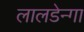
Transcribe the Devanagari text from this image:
लालडेन्गा